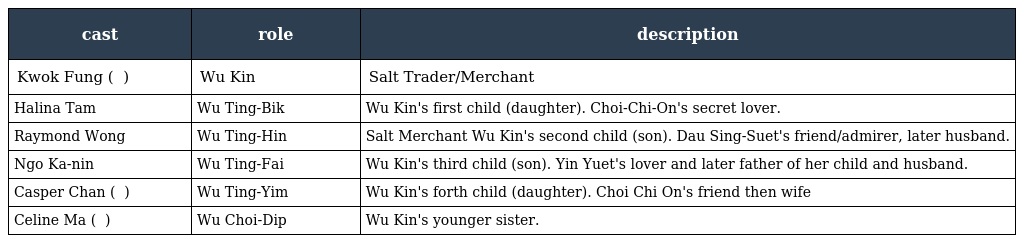
| cast | role | description |
 | --- | --- | --- |
 | Kwok Fung ( 郭峰 ) | Wu Kin 胡坚 | Salt Trader/Merchant |
 | Halina Tam | Wu Ting-Bik 胡亭碧 | Wu Kin's first child (daughter). Choi-Chi-On's secret lover. |
 | Raymond Wong | Wu Ting-Hin 胡亭軒 | Salt Merchant Wu Kin's second child (son). Dau Sing-Suet's friend/admirer, later husband. |
 | Ngo Ka-nin | Wu Ting-Fai 胡亭輝 | Wu Kin's third child (son). Yin Yuet's lover and later father of her child and husband. |
 | Casper Chan ( 陳思齊 ) | Wu Ting-Yim 胡亭嫣 | Wu Kin's forth child (daughter). Choi Chi On's friend then wife |
 | Celine Ma ( 馬蹄露 ) | Wu Choi-Dip 胡彩蝶 | Wu Kin's younger sister. |